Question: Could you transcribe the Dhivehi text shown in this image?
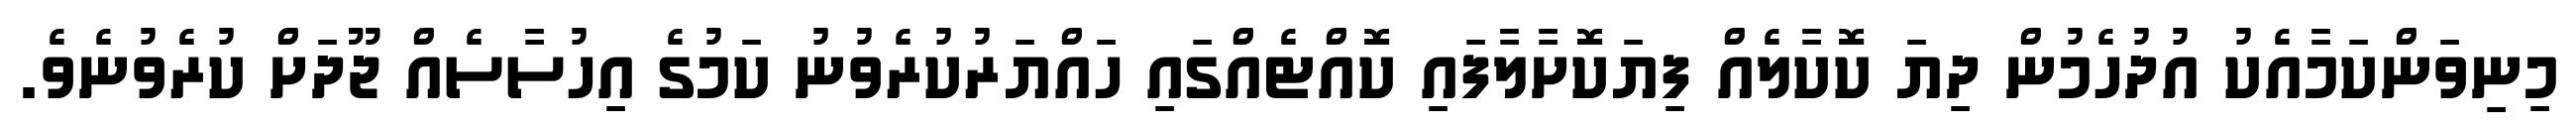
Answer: މިނިވަންކަމާއެކު އުދުހެމުން ދިޔަ ކޮކާލެއް ފިޔަކޮށާލާފައި ކޮއްޓެއްގައި ހައްޔަރުކުރެވުނު ކަމުގެ އިހުސާސެއް ޖޫދަށް ކުރެވުނެވެ.